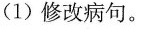
(1)修改病句。